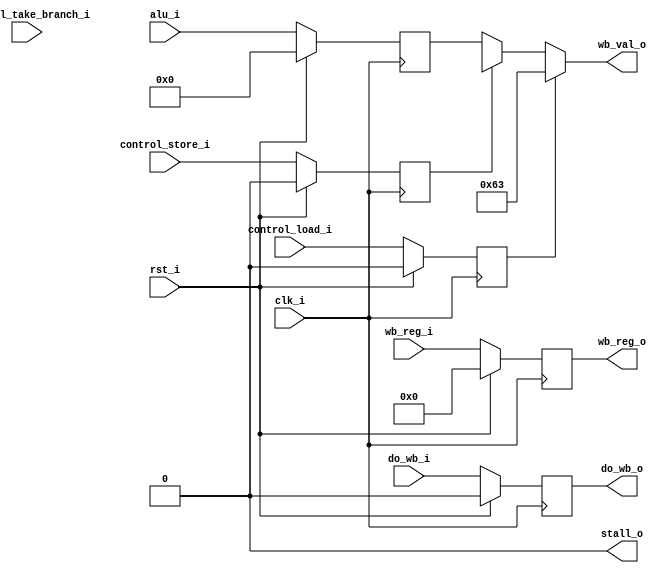
module  stage4_memory(
    /* cpu global */
    input clk_i,
    input rst_i,

    /* inter-stage */
    input [31:0] alu_i,
    input control_load_i,
    input control_store_i,
    input control_take_branch_i,
    input do_wb_i,
    input [4:0] wb_reg_i,
    output stall_o,

    /* to stage5 */
    output reg do_wb_o,
    output reg [4:0] wb_reg_o,
    output reg [31:0] wb_val_o
);

reg [31:0] alu_r;
reg control_load;
reg control_store;

assign stall_o = 0;

always @(posedge clk_i)
begin
    if (rst_i) begin
        alu_r <= 0;
        control_load <= 0;
        control_store <= 0;
        do_wb_o <= 0;
        wb_reg_o <= 0;
    end else begin
        alu_r <= alu_i;
        control_load <= control_load_i;
        control_store <= control_store_i;
        do_wb_o <= do_wb_i;
        wb_reg_o <= wb_reg_i;
    end
end

always @*
begin
    if (control_load) begin
        wb_val_o = 99; // XXX result of load
    end else if (control_store) begin
        wb_val_o = 32'bxxxxxxxxxxxxxxxxxxxxxxxxxxxxxxx;
    end else begin
        wb_val_o = alu_r;
    end
end

endmodule